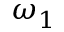
\omega _ { 1 }